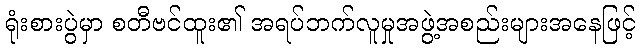
ရုံးစားပွဲမှာ စတီဗင်ထူး၏ အရပ်ဘက်လူမှုအဖွဲ့အစည်းများအနေဖြင့်